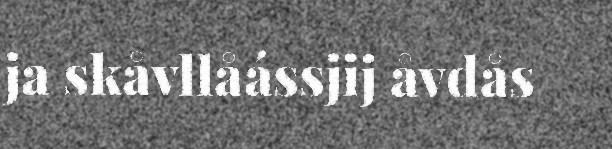
ja skåvllåássjij åvdås